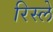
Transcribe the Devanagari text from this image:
रिस्ले